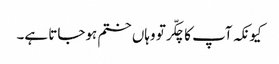
کیونکہ آپ کا چکّر تو وہاں ختم ہوجاتا ہے۔